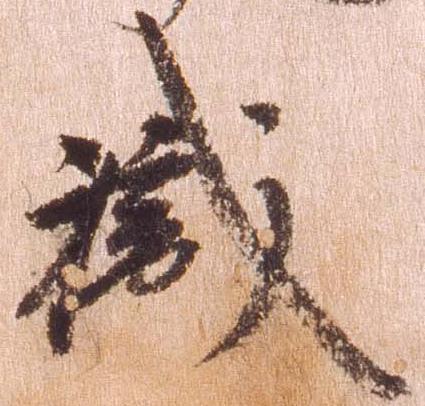
職